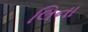
લિના